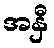
အနှီ